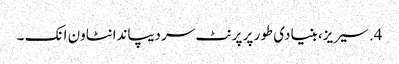
4. سیریز، بنیادی طور پر پرنٹ سر دیپاندانٹاون انک ۔